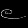
Digit: ၉